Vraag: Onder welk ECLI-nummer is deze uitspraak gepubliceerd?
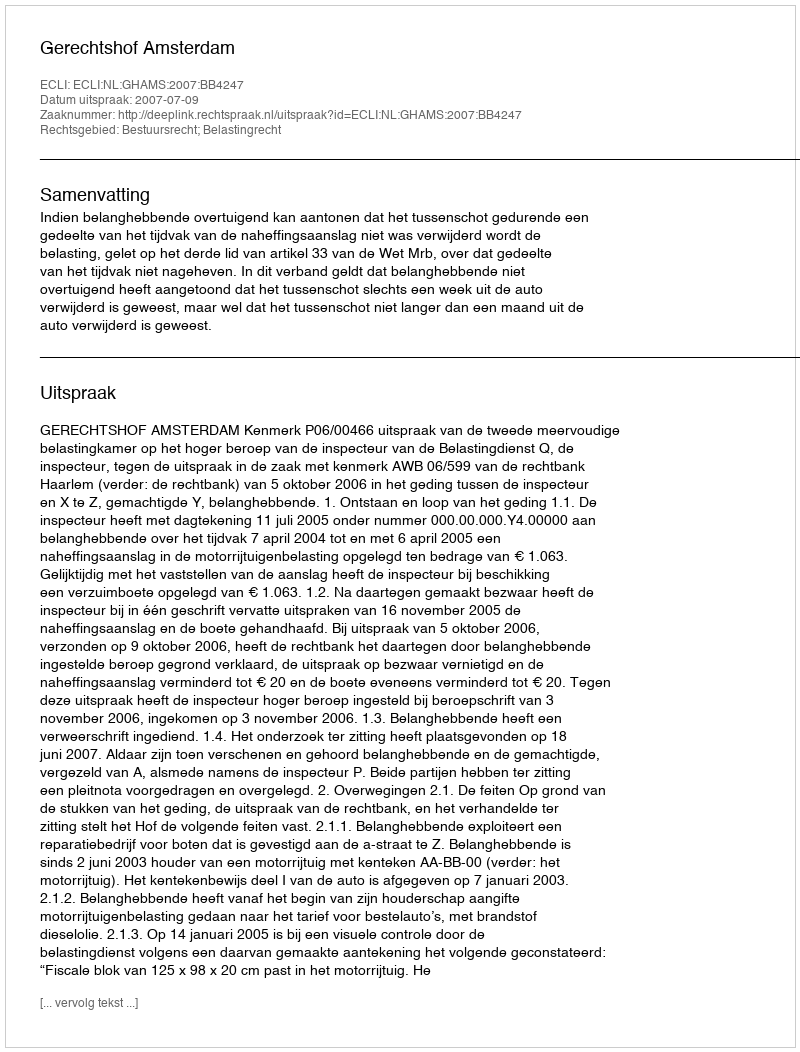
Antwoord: ECLI:NL:GHAMS:2007:BB4247